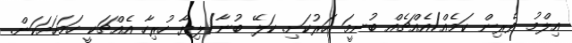
އިލްމު ވެރިން ކަމެއް/އެއްޗެއް ބުނީމަ ހަރުކަށި. ކަލޭ ބުނާ/ލިޔާ ހުރިހާ އެއްޗަކީ ހަމަހަމަކަން.